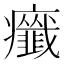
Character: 𤼋